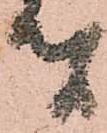
者